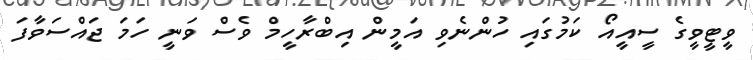
ވީޓީވީގެ ސީއީއޯ ކަމުގައި ހުންނެވި އަމީން އިބްރާހީމް ވެސް ވަނީ ހަމަ ޖައްސަވާފަ